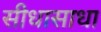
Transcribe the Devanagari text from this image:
सीधासाधा